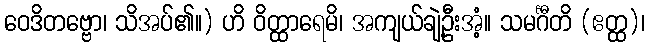
ဝေဒိတဗ္ဗော၊ သိအပ်၏။) ဟိ ဝိတ္ထာရေမိ၊ အကျယ်ချဲ့ဦးအံ့။ သမင်္ဂီတိ (ဧတ္ထ)၊